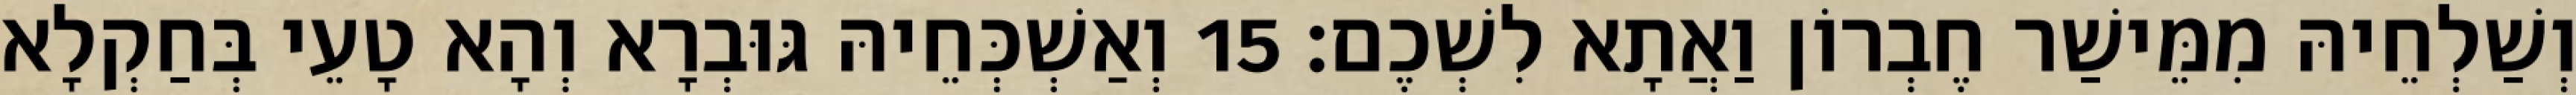
וְשַׁלְחֵיהּ מִמֵּישַׁר חֶבְרוֹן וַאֲתָא לִשְׁכֶם׃ 15 וְאַשְׁכְּחֵיהּ גּוּבְרָא וְהָא טָעֵי בְּחַקְלָא